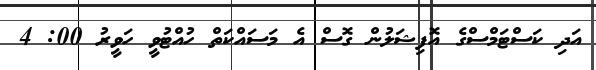
އަދި ކަސްޓަމްސްގެ އޮފިޝަލުން ގޮސް އެ މަސައްކަތް ހުއްޓުވީ ހަވީރު 00: 4